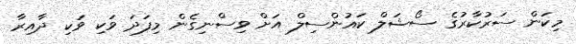
މިކަން ސަރުކާރުގެ ސޯޝަލް ކައުންސިލް އަށް ވިސްނިގެން މިފަދަ ވަކި ވަކި ދާއިރާ